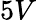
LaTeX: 5V